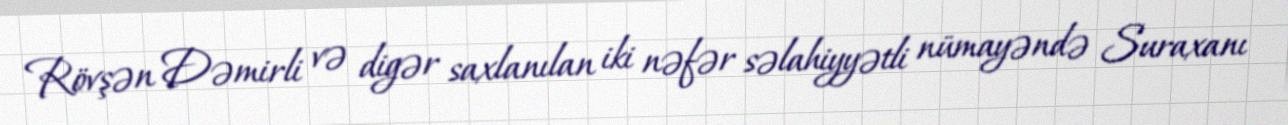
Rövşən Dəmirli və digər saxlanılan iki nəfər səlahiyyətli nümayəndə Suraxanı